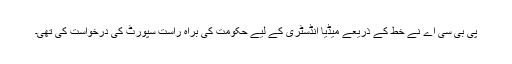
پی بی سی اے نے خط کے ذریعے میڈیا انڈسٹری کے لیے حکومت کی براہ راست سپورٹ کی درخواست کی تھی۔